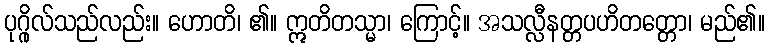
ပုဂ္ဂိုလ်သည်လည်း။ ဟောတိ၊ ၏။ ဣတိတသ္မာ၊ ကြောင့်။ အသလ္လီနတ္တပဟိတတ္တော၊ မည်၏။